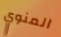
المنوي